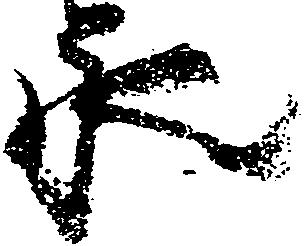
永